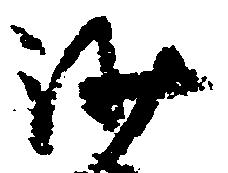
沙